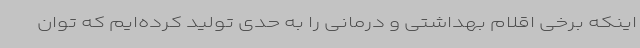
اینکه برخی اقلام بهداشتی و درمانی را به حدی تولید کرده‌ایم که توان